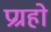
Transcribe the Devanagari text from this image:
प्रग्रहो